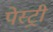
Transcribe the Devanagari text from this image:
पेस्‍ट्री